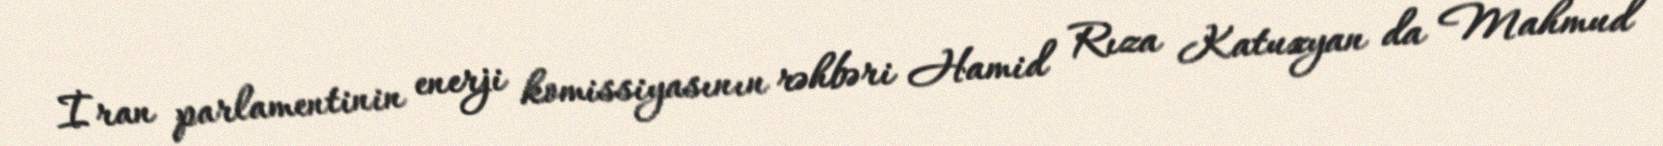
İran parlamentinin enerji komissiyasının rəhbəri Hamid Rıza Katuzyan da Mahmud